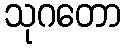
သုဂတော